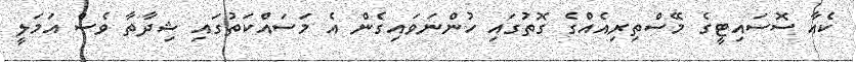
ކެއާ ސޮސައިޓީގެ މޭސްތިރިއެއްގެ ގޮތުގައި ހުންނަވައިގެން އެ މަސައްކަތުގައި ޝިދާތާ ވެސް އަމަލީ